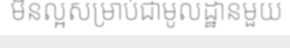
មិនល្អសម្រាប់ជាមូលដ្ឋានមួយ